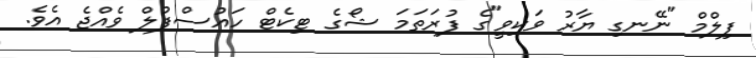
ފިލްމް "ނޭނގި ޔާރު ވަކިވީ"ގެ ފުރަތަމަ ޝޯގެ ޓިކެޓް ހައުސްފުލް ވެއްޖެ އެވެ.